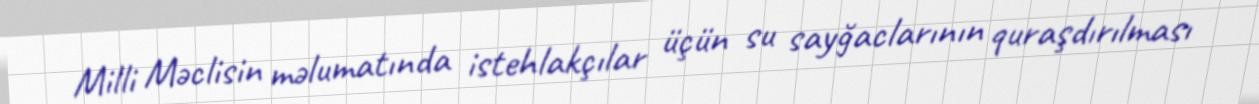
Milli Məclisin məlumatında istehlakçılar üçün su sayğaclarının quraşdırılması